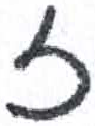
אות: ז